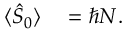
\begin{array} { r l } { \langle \hat { S } _ { 0 } \rangle } & { { } = \hbar N . } \end{array}